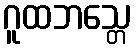
ဂူထဘသ္တေ